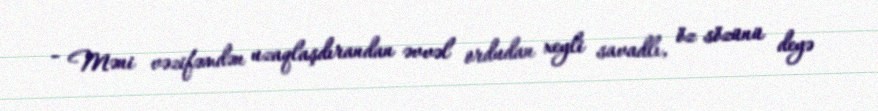
- Məni vəzifəmdən uzaqlaşdırandan əvvəl ordudan xeyli savadlı, öz sözünü deyə